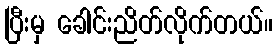
ပြီးမှ ခေါင်းညိတ်လိုက်တယ်။